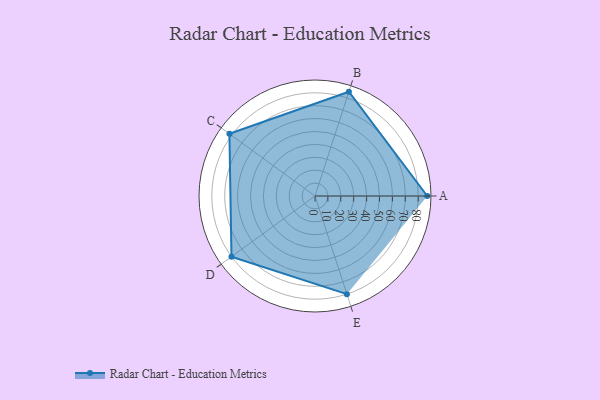
{"axis": {"x": "Skill", "y": "Score"}, "legend": ["Profile"], "data": [{"x": "A", "y": 87.0, "type": "Profile"}, {"x": "B", "y": 85.0, "type": "Profile"}, {"x": "C", "y": 82.0, "type": "Profile"}, {"x": "D", "y": 80.0, "type": "Profile"}, {"x": "E", "y": 80.0, "type": "Profile"}]}